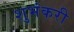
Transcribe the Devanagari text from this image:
शुभंकरी